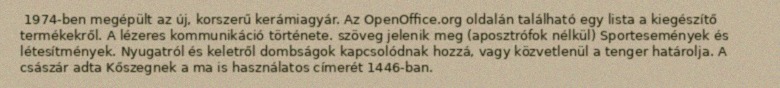
1974-ben megépült az új, korszerű kerámiagyár. Az OpenOffice.org oldalán található egy lista a kiegészítő termékekről. A lézeres kommunikáció története. szöveg jelenik meg (aposztrófok nélkül) Sportesemények és létesítmények. Nyugatról és keletről dombságok kapcsolódnak hozzá, vagy közvetlenül a tenger határolja. A császár adta Kőszegnek a ma is használatos címerét 1446-ban.